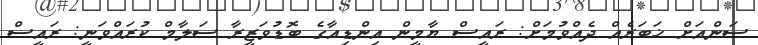
ސަންއަށް ޚަބަރެއް ދެއްވުމަށް: ރައީސް ޔާމީން އިންޑިއާގެ ބޮޑުވަޒީރާ ސަލާމް ކުރައްވަނީ: ރައީސް